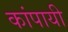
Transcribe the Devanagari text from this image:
कांपायी